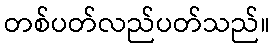
တစ်ပတ်လည်ပတ်သည်။